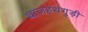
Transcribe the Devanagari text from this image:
थाजहथंगुड़ी